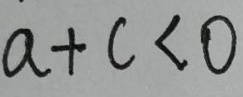
a + c < 0